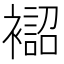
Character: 𧝨